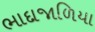
ભાદાજાળિયા